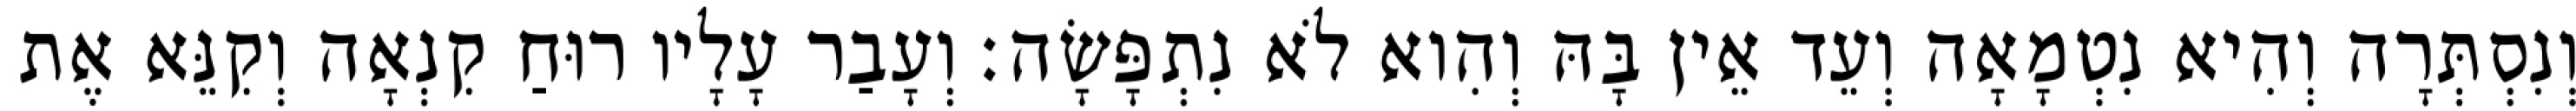
וְנִסְתְּרָה וְהִיא נִטְמָאָה וְעֵד אֵין בָּהּ וְהִוא לֹא נִתְפָּשָׂה׃ וְעָבַר עָלָיו רוּחַ קִנְאָה וְקִנֵּא אֶת